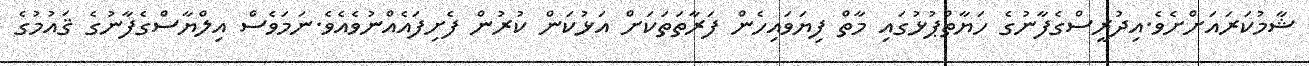
ޝާމުކަރައަށްށެވެ.އިދުރީސްގެފާނުގެ ހަޔާތްޕުޅުގައި މާތް ފިޔަވައިހެން ފަރާތަތަކަށް އަޅުކަން ކުރުން ފެށިފައެއްނުވެއެވެ.ނަމަވެސް އިލްޔާސްގެފާނުގެ ޤައުމުގެ